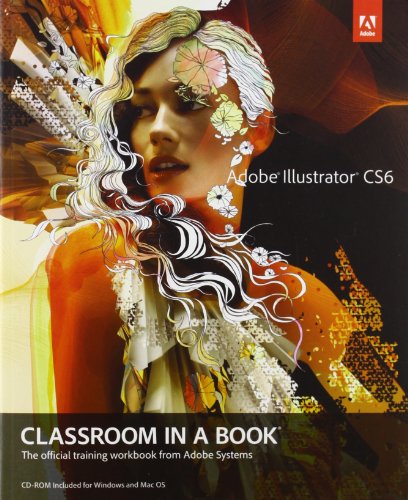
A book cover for Adobe Illustrator CS6 Classroom in a Book; Adobe Creative Team; Computers & Technology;